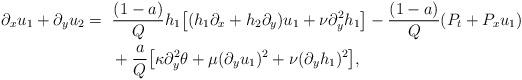
LaTeX: \begin{align*}\partial_x u_1+\partial_y u_2=~&\frac{(1-a)}{Q}h_1\big[(h_1\partial_x+h_2\partial_y)u_1+\nu\partial_y^2h_1\big]-\frac{(1-a)}{Q}( P_t+ P_x u_1)\\&+\frac{a}{Q}\big[\kappa\partial_{y}^2\theta+\mu(\partial_y u_1)^2+\nu(\partial_y h_1)^2\big],\end{align*}